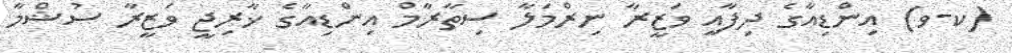
(ކ-ވ) އިންޑިއާގެ ދިފާއީ ވަޒީރާ ނިރްމަލާ ސިތާރާމް އިންޑިއާގެ ޚާރިޖީ ވަޒީރާ ސުޝްމާ